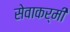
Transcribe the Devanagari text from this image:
सेवाकर्मी